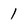
Character: 1